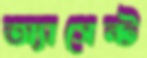
অ্যাসেন্ট